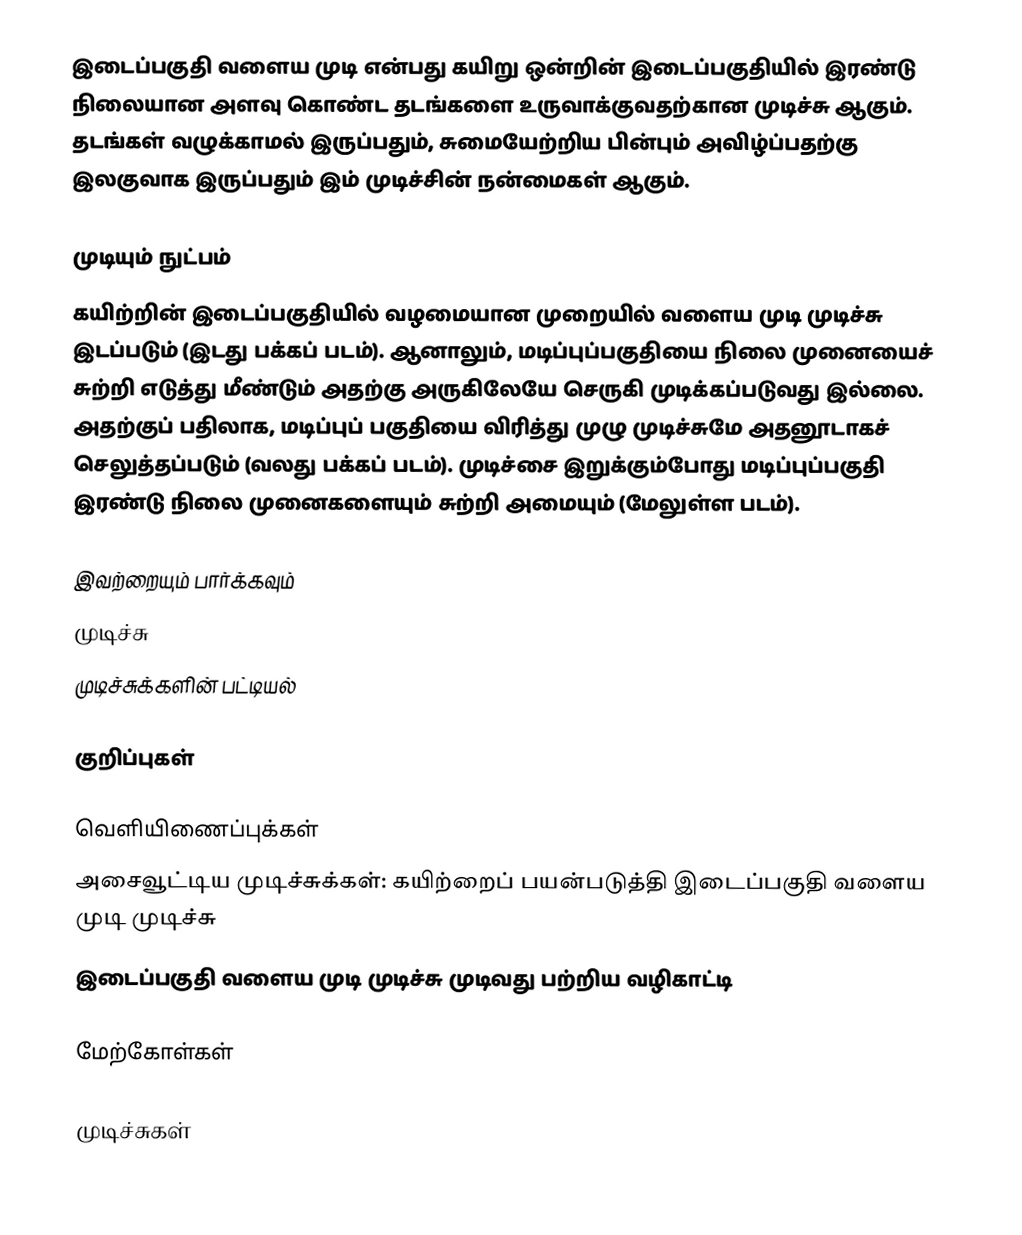
இடைப்பகுதி வளைய முடி என்பது கயிறு ஒன்றின் இடைப்பகுதியில் இரண்டு நிலையான அளவு கொண்ட தடங்களை உருவாக்குவதற்கான முடிச்சு ஆகும். தடங்கள் வழுக்காமல் இருப்பதும், சுமையேற்றிய பின்பும் அவிழ்ப்பதற்கு இலகுவாக இருப்பதும் இம் முடிச்சின் நன்மைகள் ஆகும்.

முடியும் நுட்பம்
கயிற்றின் இடைப்பகுதியில் வழமையான முறையில் வளைய முடி முடிச்சு இடப்படும் (இடது பக்கப் படம்). ஆனாலும், மடிப்புப்பகுதியை நிலை முனையைச் சுற்றி எடுத்து மீண்டும் அதற்கு அருகிலேயே செருகி முடிக்கப்படுவது இல்லை. அதற்குப் பதிலாக, மடிப்புப் பகுதியை விரித்து முழு முடிச்சுமே அதனூடாகச் செலுத்தப்படும் (வலது பக்கப் படம்). முடிச்சை இறுக்கும்போது மடிப்புப்பகுதி இரண்டு நிலை முனைகளையும் சுற்றி அமையும் (மேலுள்ள படம்).

இவற்றையும் பார்க்கவும்
 முடிச்சு
 முடிச்சுக்களின் பட்டியல்

குறிப்புகள்

வெளியிணைப்புக்கள்
அசைவூட்டிய முடிச்சுக்கள்: கயிற்றைப் பயன்படுத்தி இடைப்பகுதி வளைய முடி முடிச்சு
இடைப்பகுதி வளைய முடி முடிச்சு முடிவது பற்றிய வழிகாட்டி

மேற்கோள்கள்

முடிச்சுகள்